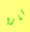
تارا